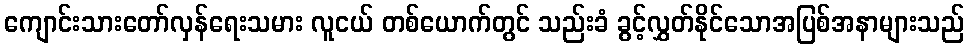
ကျောင်းသားတော်လှန်ရေးသမား လူငယ် တစ်ယောက်တွင် သည်းခံ ခွင့်လွှတ်နိုင်သောအပြစ်အနာများသည်